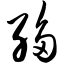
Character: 绉